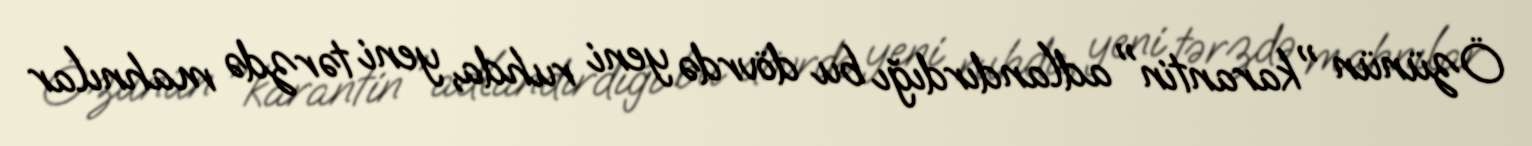
Özünün "karantin" adlandırdığı bu dövrdə yeni ruhda, yeni tərzdə mahnılar